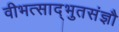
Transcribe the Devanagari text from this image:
वीभत्साद्भुतसंज्ञौ